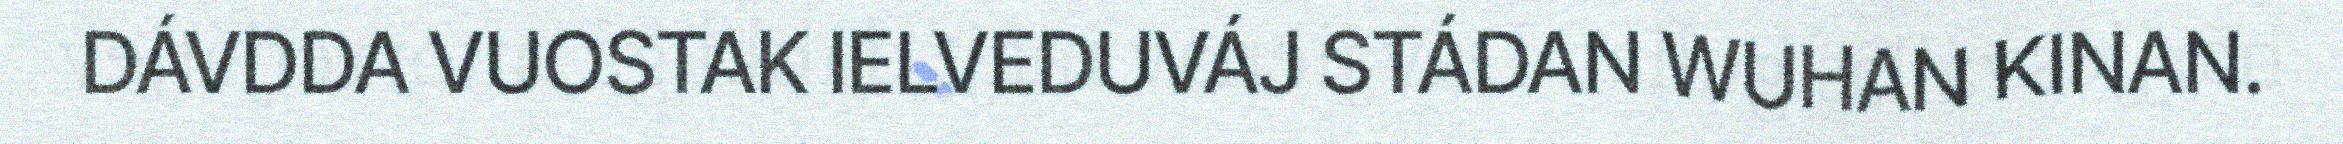
DÁVDDA VUOSTAK IELVEDUVÁJ STÁDAN WUHAN KINAN.